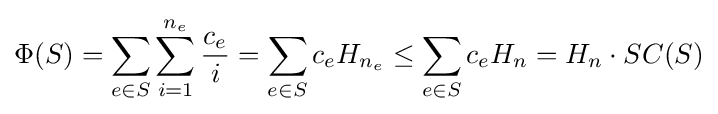
\Phi (S)=\sum _{e\in S}\sum _{i=1}^{n_{e}}{\frac {c_{e}}{i}}=\sum _{e\in S}c_{e}H_{n_{e}}\leq \sum _{e\in S}c_{e}H_{n}=H_{n}\cdot SC(S)